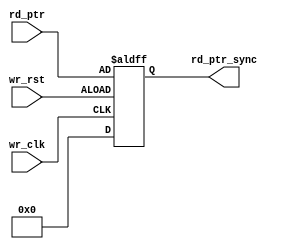

module sync_r2w #(parameter add_size = 8)
(output reg [add_size:0] rd_ptr_sync,   // read pointer after synchronization
input [add_size:0] rd_ptr,   // read pointer before synchronization
input wr_clk, wr_rst);  // write clock, write reset

// Module body
	// -----synchronize read to write module  registers and wires--------
reg [add_size:0] wq1_rptr;   // read pointer after first clock of synchronization

// ------synchronized read pointer assignment-------

always @(posedge wr_clk or posedge wr_rst)
if (!wr_rst) 
begin
rd_ptr_sync <=0;  // if reset assign to zero
end
else
begin
rd_ptr_sync<= rd_ptr;
end
endmodule